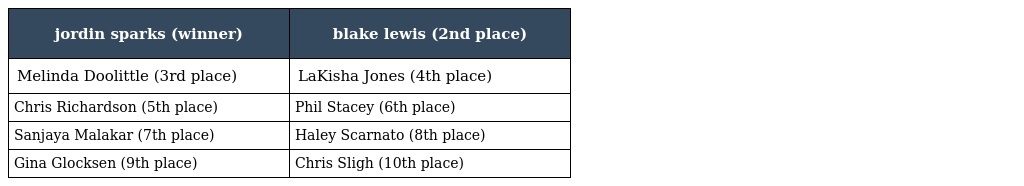
| jordin sparks (winner) | blake lewis (2nd place) |
 | --- | --- |
 | Melinda Doolittle (3rd place) | LaKisha Jones (4th place) |
 | Chris Richardson (5th place) | Phil Stacey (6th place) |
 | Sanjaya Malakar (7th place) | Haley Scarnato (8th place) |
 | Gina Glocksen (9th place) | Chris Sligh (10th place) |